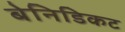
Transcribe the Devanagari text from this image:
बेनिडिकट